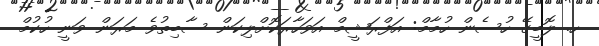
ހ. ލޮބީގޭ ހުސެން ހުމާމް: އަފްރަޝީމް އަވަހާރަކޮށްލިކަން ސާބިތުވެ މަރަން ވަނީ ހުކުމް